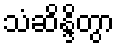
သံဆိန္ဒိတွာ